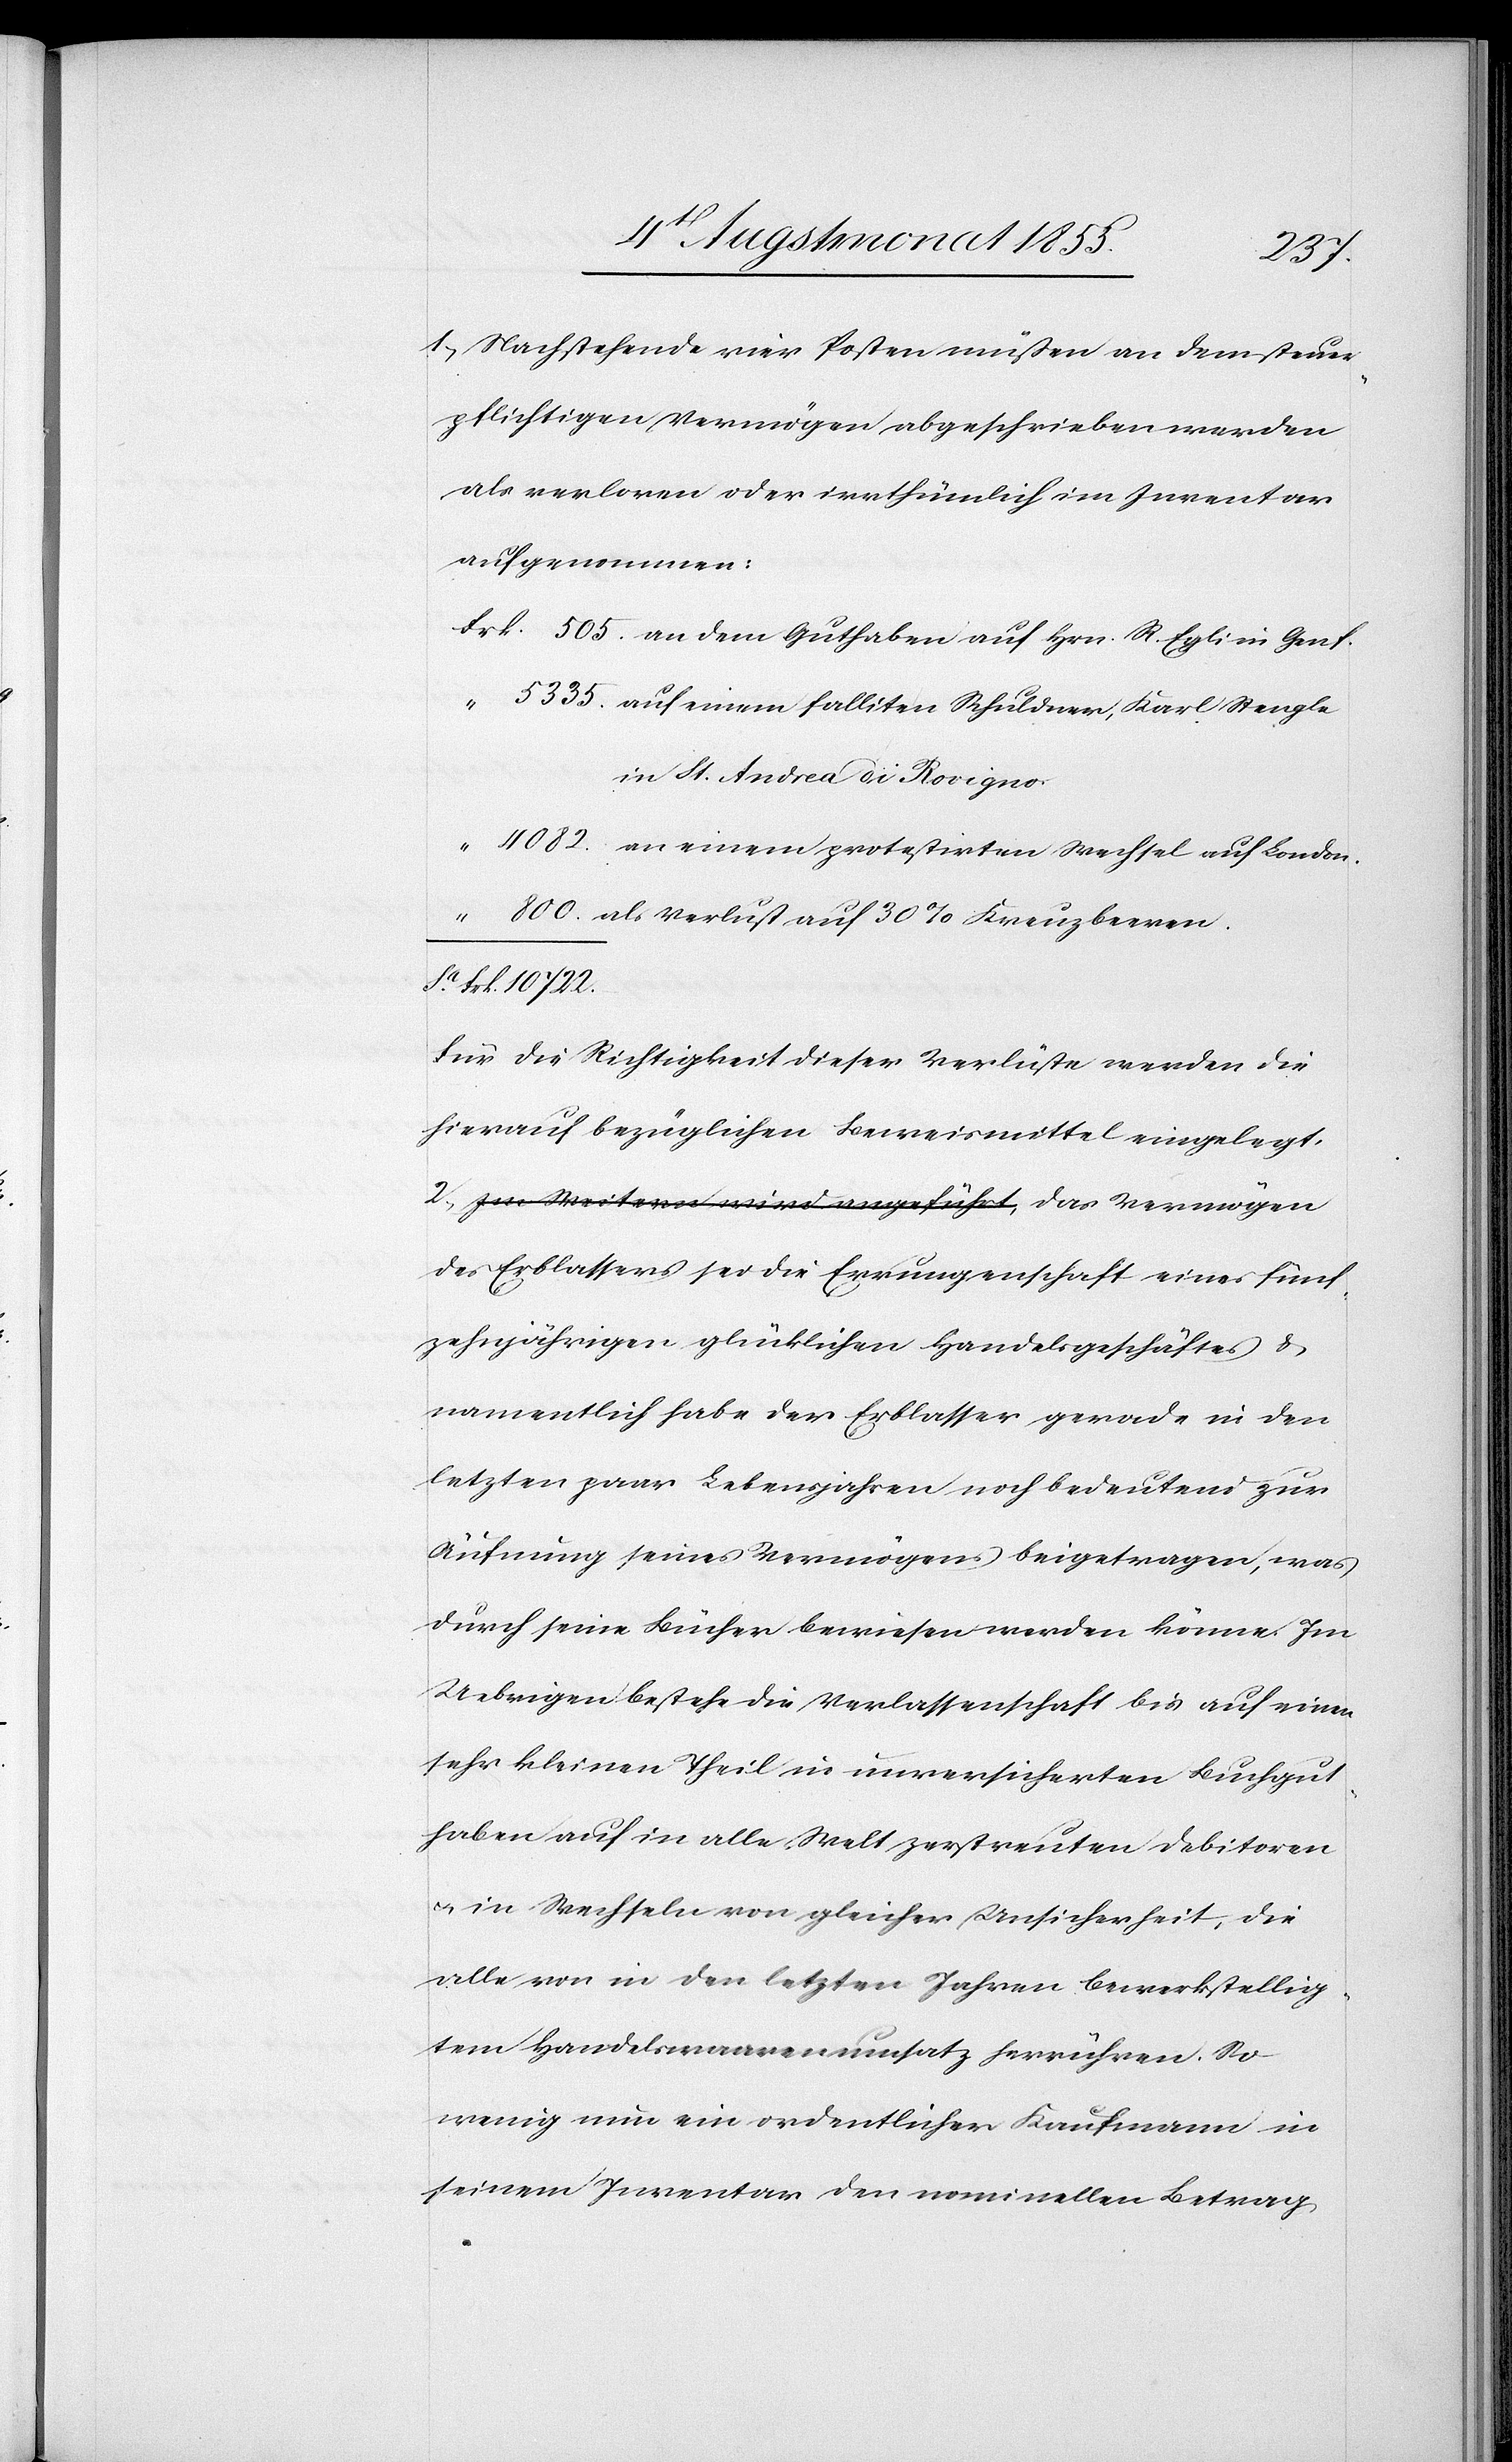
800.
1, Nachstehende vier Posten müßen an dem steuer¬
pflichtigen Vermögen abgeschrieben werden
als verloren oder irrthümlich im Inventar
aufgenommen:
in St. Andrea di Rovigno.
an einem protestirten Wechsel auf London.
Sa. Frk. 10 722.
Für die Richtigkeit dieser Verlüste werden die
hierauf bezüglichen Beweismittel eingelegt.
2, a-Im Weitern wird angeführt,-a Das Vermögen
des Erblassers sei die Errungenschaft eines fünf¬
zehnjährigen glücklichen Handelsgeschäftes &
namentlich habe der Erblasser gerade in den
letzten paar Lebensjahren noch bedeutend zur
Äufnung seines Vermögens beigetragen, was
durch seine Bücher bewiesen werden könne. Im
Uebrigen bestehe die Verlassenschaft bis auf einen
sehr kleinen Theil in unversicherten Buchgut¬
haben auf in alle Welt zerstreuten Debitoren
& in Wechseln von gleicher Unsicherheit, die
alle von in den letzten Jahren bewerkstellig¬
tem Handelswaarenumsatz herrühren. So
wenig nun ein ordentlicher Kaufmann in
seinem Inventar den nominellen Betrag